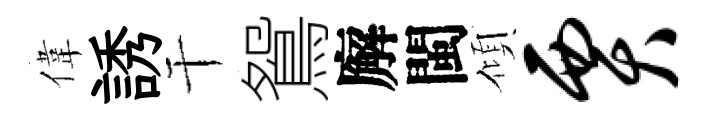
偉誘干鴛廨閩傾贾